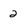
Character: 2